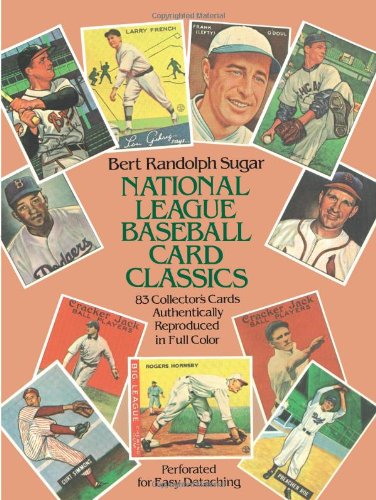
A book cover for National League Baseball Card Classics; Bert Randolph Sugar; Crafts, Hobbies & Home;